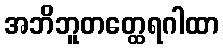
အဘိဘူတတ္ထေရဂါထာ